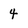
Character: 4